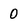
Character: 0